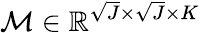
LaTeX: \mathcal{M}\in\mathbb{R}^{\sqrt{J}\times\sqrt{J}\times K}